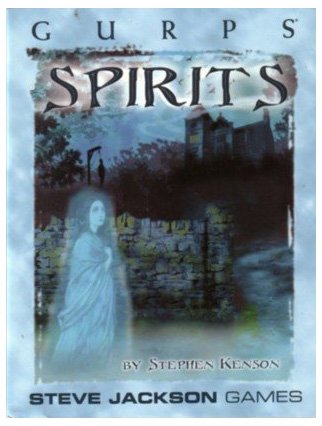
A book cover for GURPS Spirits; Stephen Kenson; Science Fiction & Fantasy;